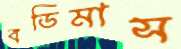
বডিমাস